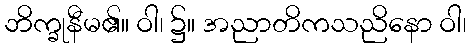
ဘိက္ခုနီမ၏။ ဝါ၊ ၌။ အညာတိကသညိနော ဝါ၊